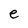
Character: e